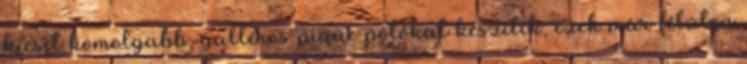
kicsit komolyabb, galléros pique pólókat készítik, ezek már félúton